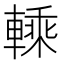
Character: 𨍱